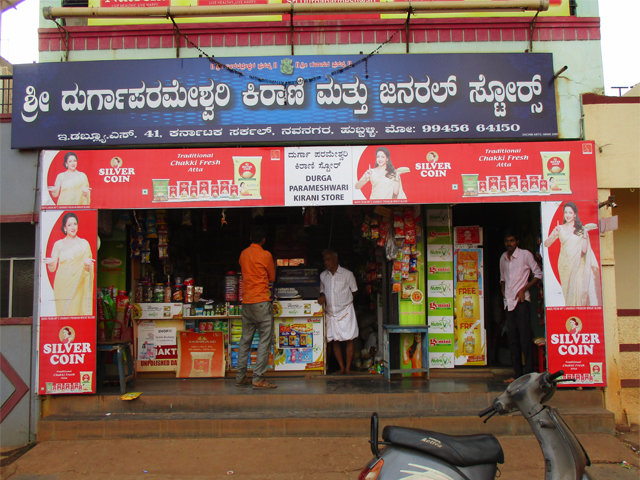
Language: kannada
Transcription: ಕರ್ನಾಟಕ ನವನಗರ ಸರ್ಕಲ್. ಹುಬ್ಬಳ್ಳಿ. ಸ್ಟೋರ್ ಮೋ: ಜನರಲ್ ಮತ್ತು ಶ್ರೀ ಕಿರಾಣಿ ಇ.ಡಬ್ಲ್ಯೂ.ಎಸ್ ದುರ್ಗಾಪರಮೇಶ್ವರಿ